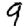
Digit: 9